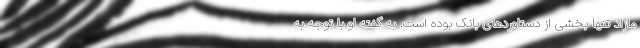
مازاد تنها بخشی از دستاوردهای بانک بوده است. به گفته او با توجه به